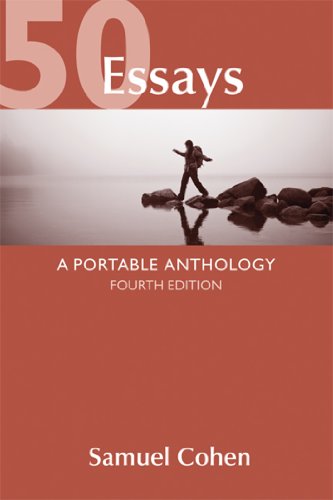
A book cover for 50 Essays: A Portable Anthology; Samuel Cohen; Literature & Fiction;